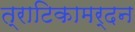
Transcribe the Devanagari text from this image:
त्राटिकामर्दन